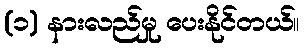
(၁) နားလည်မှု ပေးနိုင်တယ်။